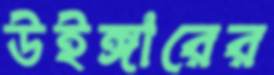
উইঙ্গারের